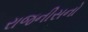
રાજનીસનો